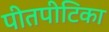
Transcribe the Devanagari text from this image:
पीतपीटिका